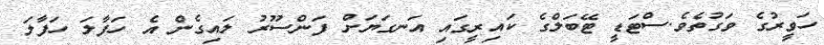
ހަވީރުގެ ވަގުތެވެ.ސްޓަޑީ ޓޭބަލްގެ ކައިރީގައި އަނގަޔަށް ފަންސޫރު ލައިގެން އެ ހަފާލަ ހަފާލަ